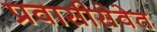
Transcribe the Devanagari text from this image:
प्रवासीसेवेत